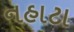
નહાટા